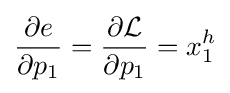
{\frac {\partial e}{\partial p_{1}}}={\frac {\partial {\mathcal {L}}}{\partial p_{1}}}=x_{1}^{h}